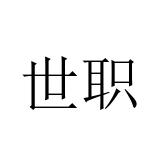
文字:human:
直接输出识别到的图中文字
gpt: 世职